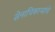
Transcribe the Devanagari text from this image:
सेनाधिकाऱ्यांचे